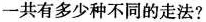
一共有多少种不同的走法?